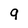
Character: 9